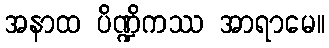
အနာထ ပိဏ္ဍိကဿ အာရာမေ။